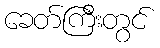
ခေတ်ကြီးတွင်